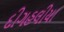
દીગહલીયા